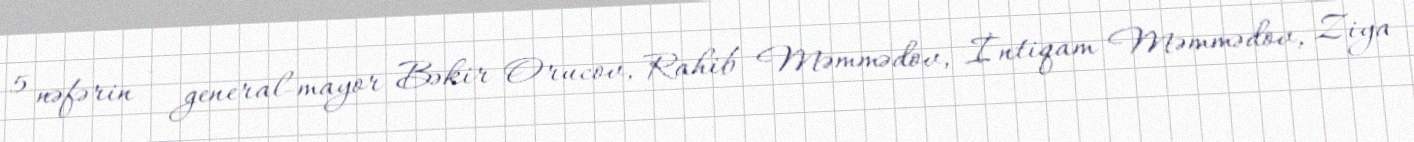
5 nəfərin - general-mayor Bəkir Orucov, Rahib Məmmədov, İntiqam Məmmədov, Ziya